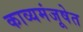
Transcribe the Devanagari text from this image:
काव्यमंजूषेत